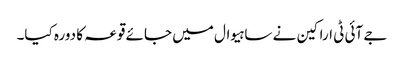
جے آئی ٹی اراکین نے ساہیوال میں جائے قوعہ کا دورہ کیا۔